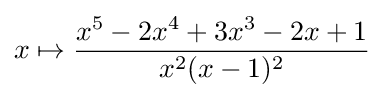
x\mapsto {\frac {x^{5}-2x^{4}+3x^{3}-2x+1}{x^{2}(x-1)^{2}}}